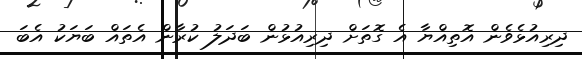
ދިރިއުޅެވެން އޮތިއްޔާ އެ ގޮތަށް ދިރިއުޅުން ބަދަލު ކުރާން އެތައް ބަޔަކު އެބަ